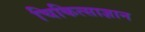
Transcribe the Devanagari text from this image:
चिकित्साज्ञान